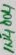
Text: 1N4004